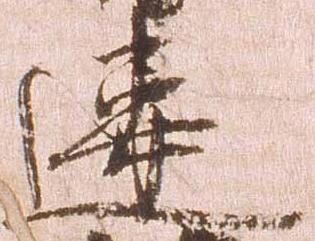
違